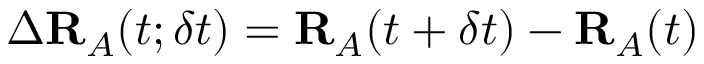
\Delta \mathbf { R } _ { A } ( t ; \delta t ) = \mathbf { R } _ { A } ( t + \delta t ) - \mathbf { R } _ { A } ( t )